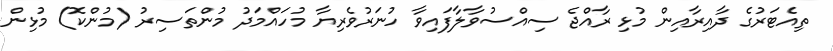
ތިއެޓަރުގެ ދާއިރާއިން މުޅި ރާއްޖެ ސިއްސުވާލާފައިވާ ހުނަރުވެރިޔާ މުހައްމަދު މުންތަސިރު (މުންކޮ) މުޅިން